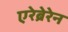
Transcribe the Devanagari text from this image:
एरेब्रेरेन